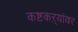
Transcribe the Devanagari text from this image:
कष्टकऱ्यांवर